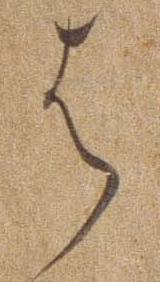
は